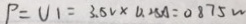
P = U 1 = 3 . 5 V \times 0 . 2 5 A = 0 . 8 7 5 W